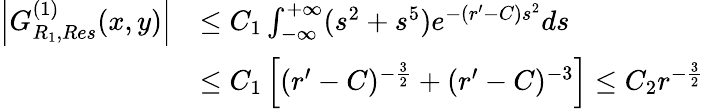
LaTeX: \begin{array}{rl}{\left|G_{R_{1},Res}^{(1)}(x,y)\right|}&{\leq C_{1}\int_{-\infty}^{+\infty}(s^{2}+s^{5})e^{-(r^{\prime}-C)s^{2}}ds}\\ &{\leq C_{1}\left[(r^{\prime}-C)^{-\frac{3}{2}}+(r^{\prime}-C)^{-3}\right]\leq C_{2}r^{-\frac{3}{2}}}\end{array}